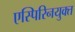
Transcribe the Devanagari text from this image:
एस्पिरिनयुक्त